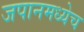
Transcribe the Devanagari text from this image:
जपानमध्येच